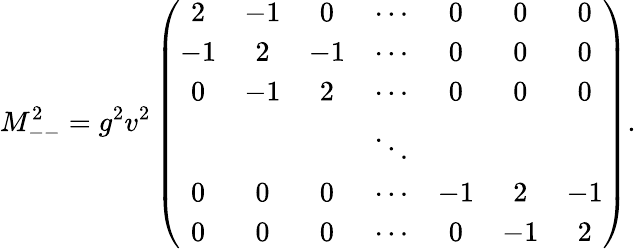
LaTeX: M_{--}^{2}=g^{2}v^{2}\left(\begin{array}{ccccccc}{{2}}&{{-1}}&{{0}}&{{\cdots}}&{{0}}&{{0}}&{{0}}\\ {{-1}}&{{2}}&{{-1}}&{{\cdots}}&{{0}}&{{0}}&{{0}}\\ {{0}}&{{-1}}&{{2}}&{{\cdots}}&{{0}}&{{0}}&{{0}}\\ {{}}&{{}}&{{}}&{{\ddots}}&{{}}&{{}}&{{}}\\ {{0}}&{{0}}&{{0}}&{{\cdots}}&{{-1}}&{{2}}&{{-1}}\\ {{0}}&{{0}}&{{0}}&{{\cdots}}&{{0}}&{{-1}}&{{2}}\end{array}\right).